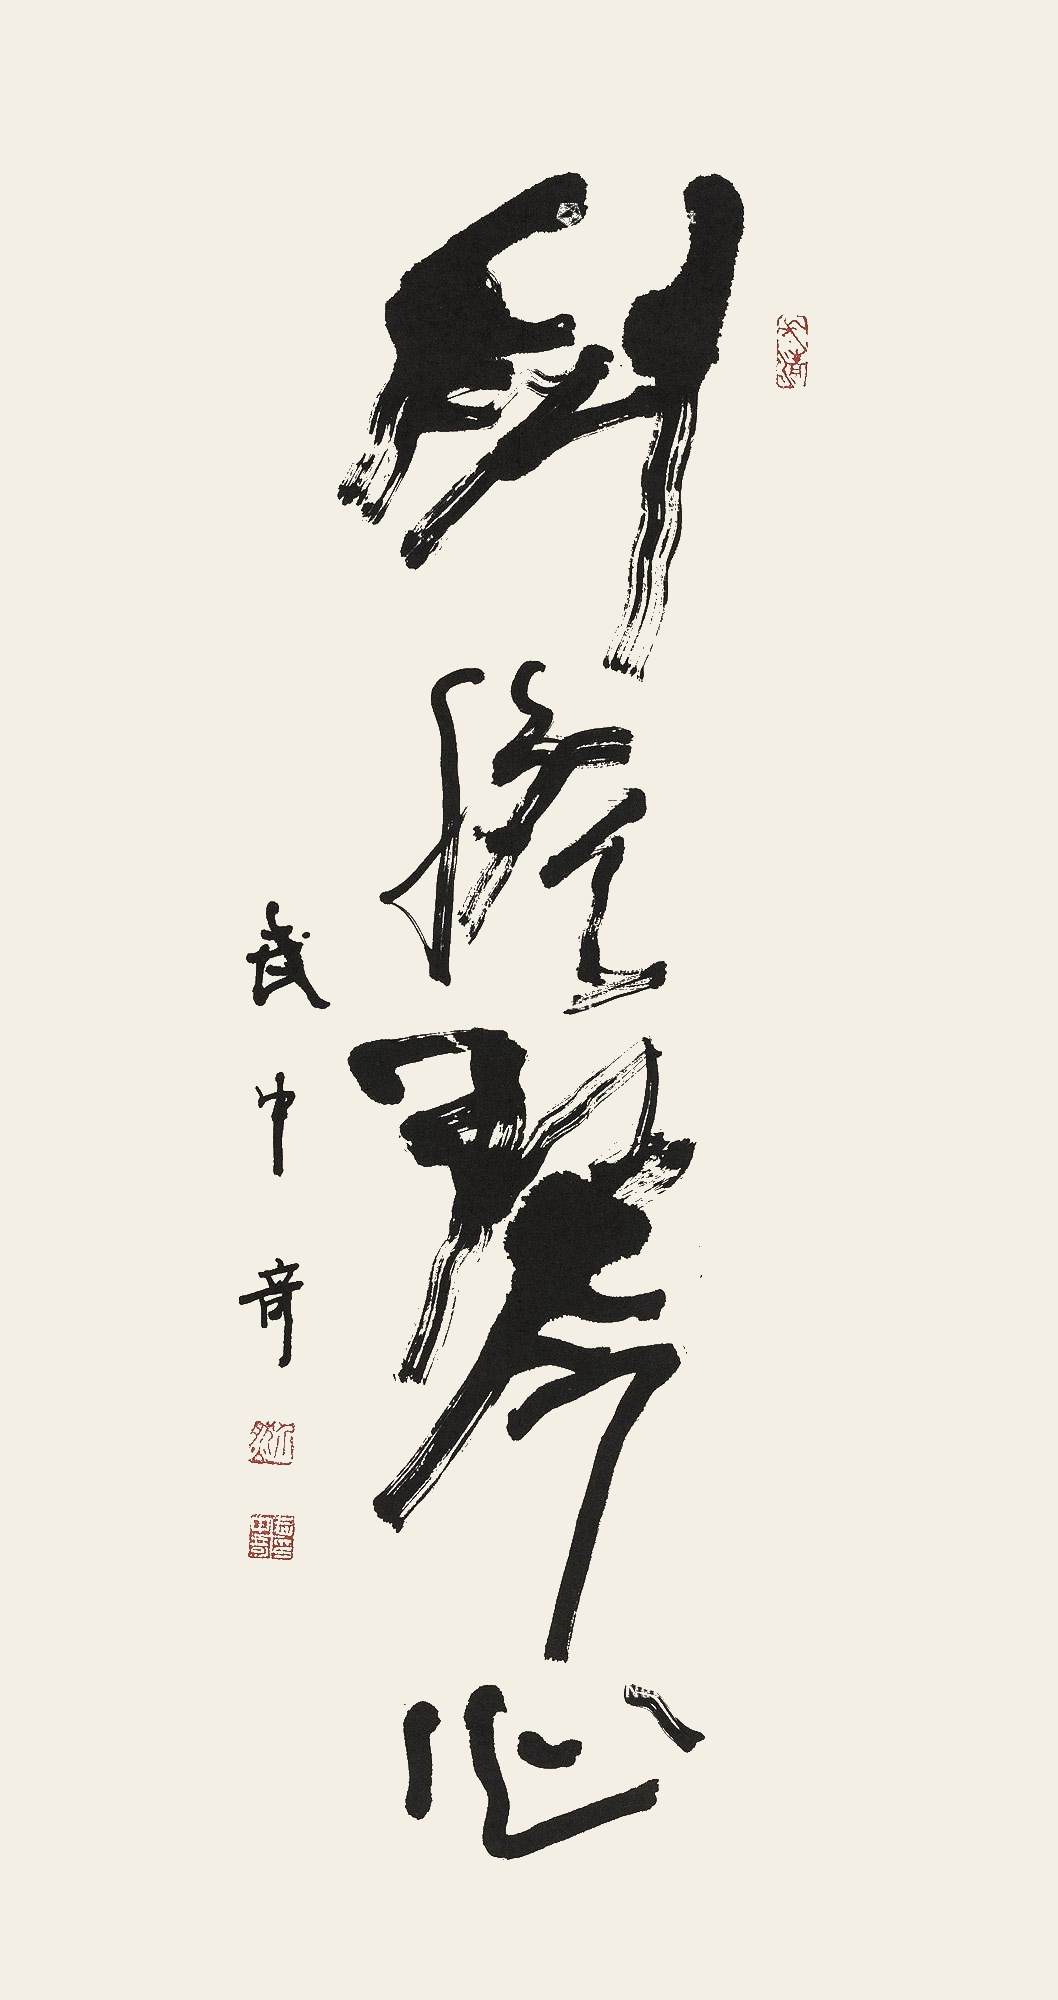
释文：剑胆琴心武中奇。